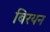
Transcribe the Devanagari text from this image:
बिरयन